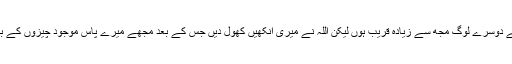
مجھے نہیں معلوم میں اللہ کے قریب ہوں یا نہیں، ہوسکتا ہے دوسرے لوگ مجھ سے زیادہ قریب ہوں لیکن اللہ نے میری آنکھیں کھول دیں جس کے بعد مجھے میرے پاس موجود چیزوں کے بجائے خدا کی عبادت اورذکر میں خوشی ملنی شروع ہوگئی۔